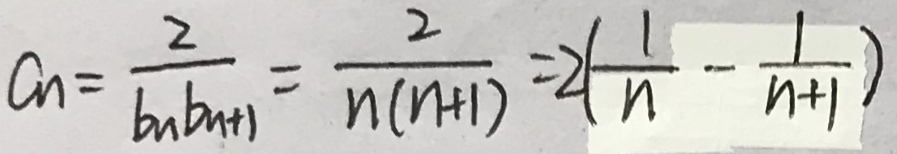
a _ { n } = \frac { 2 } { b _ { n } b _ { n + 1 } } = \frac { 2 } { n ( n + 1 ) } = 2 ( \frac { 1 } { n } - \frac { 1 } { n + 1 } )